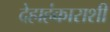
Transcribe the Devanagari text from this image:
देहाहंकाराशी